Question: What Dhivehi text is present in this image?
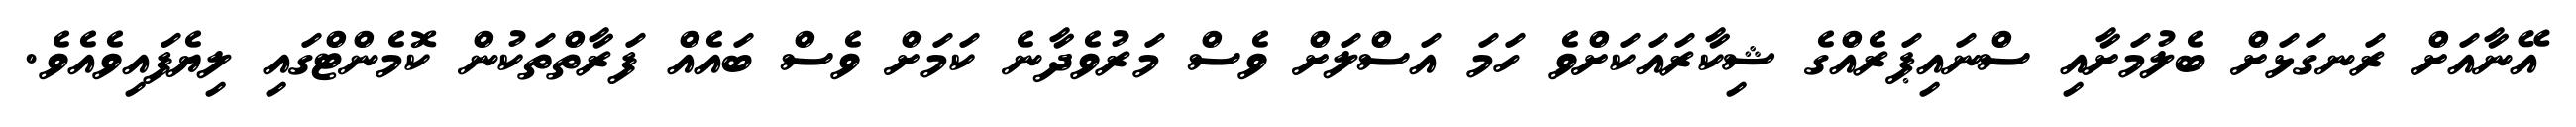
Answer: އޭނާއަށް ރަނގަޅަށް ބެލުމަށާއި ސްނައިޕަރެއްގެ ޝިކާރައަކަށްވެ ހަމަ އަސްލަށް ވެސް މަރުވެދާނެ ކަމަށް ވެސް ބައެއް ފަރާތްތަކުން ކޮމެންޓްގައި ލިޔެފައިވެއެވެ.